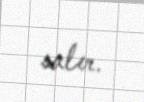
salır.